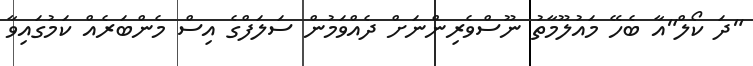
"ދަ ކޯލް"އާ ބެހޭ މައުލޫމާތު ނޫސްވެރިންނަށް ދެއްވަމުން ސަލަފްގެ އިސް މެންބަރެއް ކަމުގައިވާ